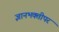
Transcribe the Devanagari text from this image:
ज्ञानभक्तीपर